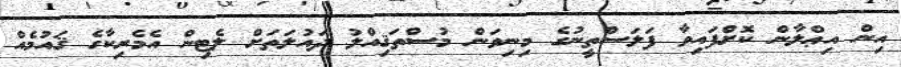
އިން އިޢްލާން ކޮށްފައިވާ ފަލަސްތީނުގެ މިނިވަން މުސްތަޤިއްލު ދައުލަތަށް ލެޓިން އެމެރިކާގެ ޤައުމެއް